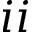
i i